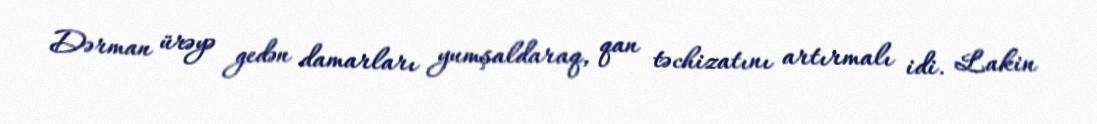
Dərman ürəyə gedən damarları yumşaldaraq, qan təchizatını artırmalı idi. Lakin